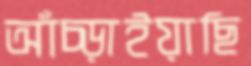
আঁচ্‌ড়াইয়াছি